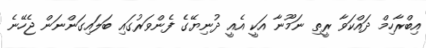
އިބްރާހިމް ދައްކަވާ ރީތި ނަމޫނާ އަކީ އެއީ ދުނިޔޭގެ ފެންވަރުގައި ބަލައިގަންނަން ޖެހޭނެ